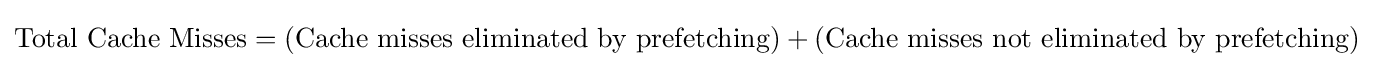
{\text{Total Cache Misses}}=({\text{Cache misses eliminated by prefetching}})+({\text{Cache misses not eliminated by prefetching}})